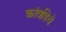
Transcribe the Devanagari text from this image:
कांवडिये